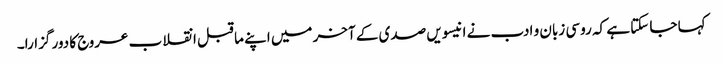
کہا جا سکتا ہے کہ روسی زبان و ادب نے انیسویں صدی کے آخر میں اپنے ما قبل انقلاب عروج کا دور گزارا۔